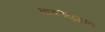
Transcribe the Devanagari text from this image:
नागरीयुद्धात